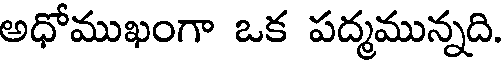
అధోముఖంగా ఒక పద్మమున్నది.